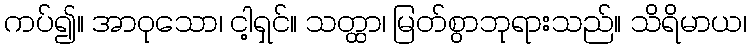
ကပ်၍။ အာဝုသော၊ ငါ့ရှင်။ သတ္ထာ၊ မြတ်စွာဘုရားသည်။ သိရိမာယ၊